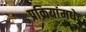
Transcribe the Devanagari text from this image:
प्रक्रियांमधे